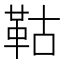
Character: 𩊉